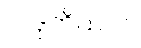
၂၊ ဒုတိယဝဂ်